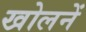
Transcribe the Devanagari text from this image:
खोलनें